65_HS1-834228961_62-HQ-83894_Serial_164
Agency: FBI
Page 18
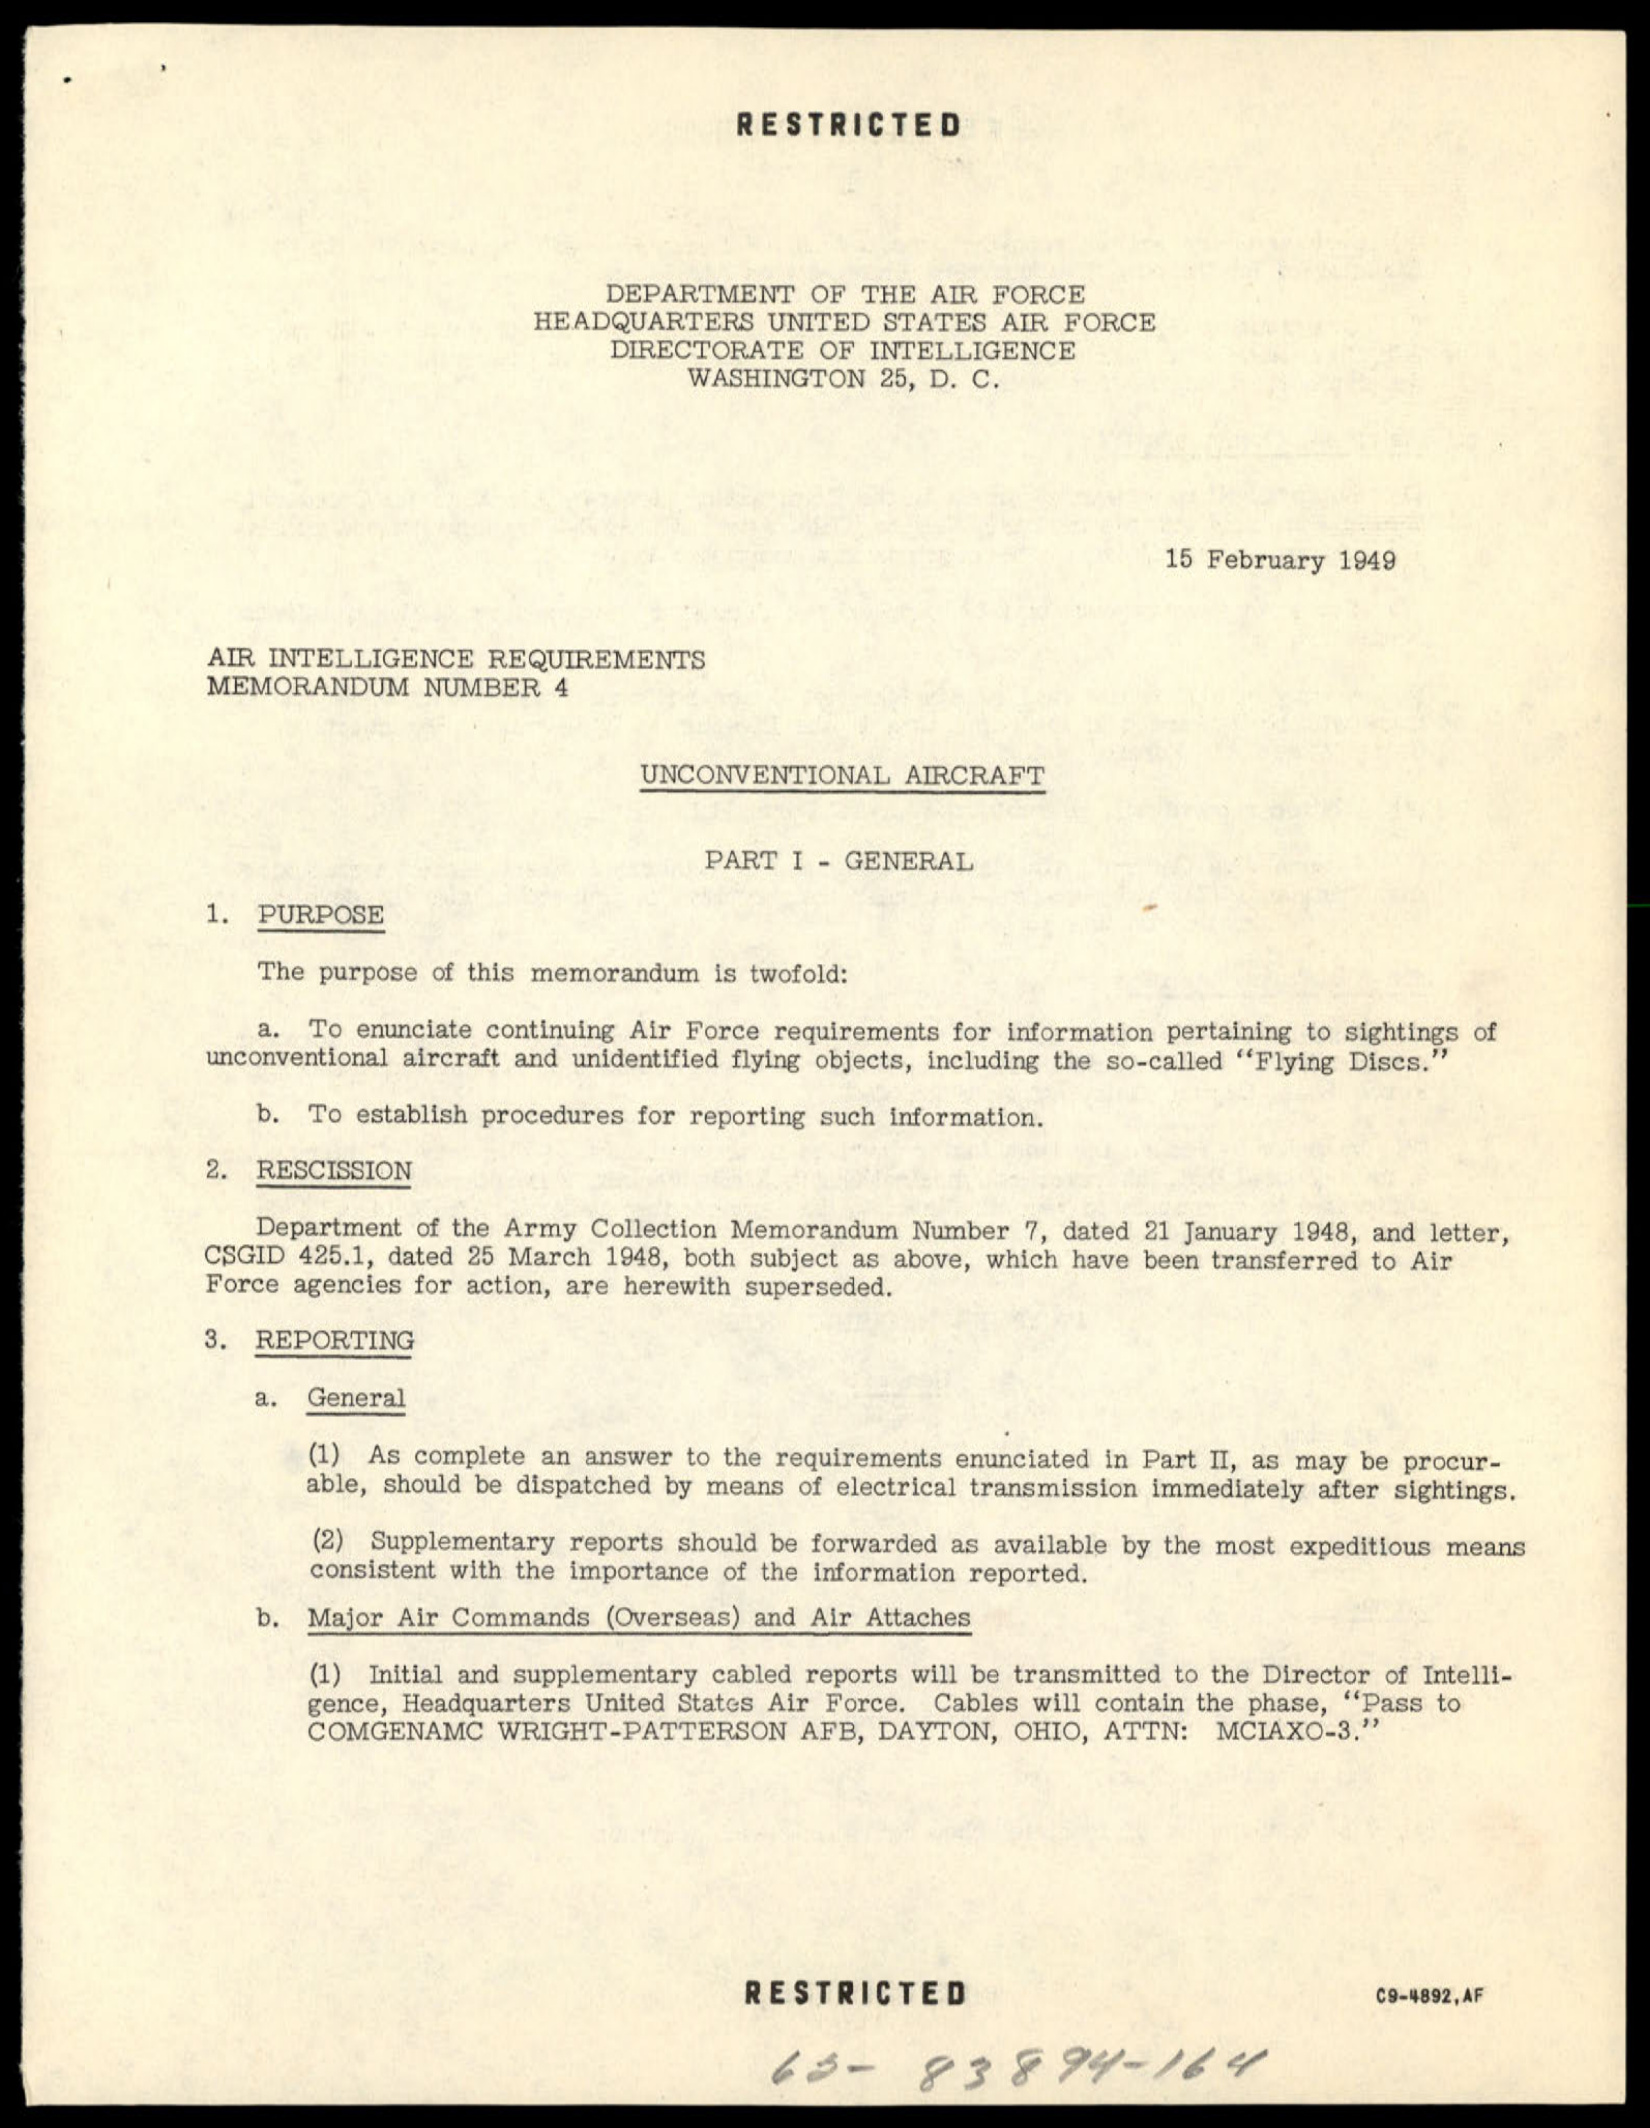